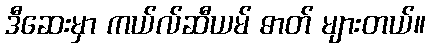
ဒီဆေးမှာ ကယ်လ်ဆီယမ် ဓာတ် များတယ်။